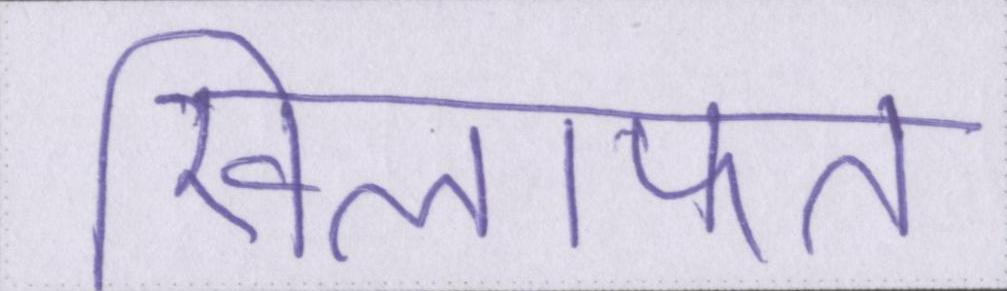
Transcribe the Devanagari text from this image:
खिलाफत